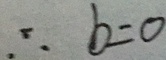
\therefore b = 0